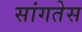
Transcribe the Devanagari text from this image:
सांगतेस